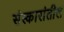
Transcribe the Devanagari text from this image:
संस्कारांतील